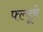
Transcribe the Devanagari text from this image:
फ्ल्यूचे